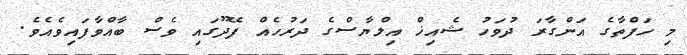
މި ހަފްތާގެ އަންގާރަ ދުވަހު ޝެއިޚް އިލްޔާސްގެ ދަރުހެއް ފޭދޫގައި ވެސް ބާއްވާފައިވެއެވެ.